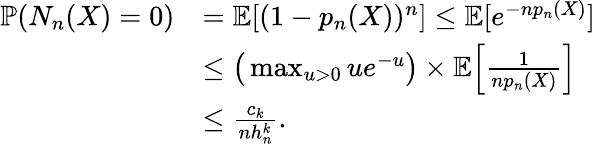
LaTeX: \begin{array}{rl}{\mathbb{P}(N_{n}(X)=0)}&{=\mathbb{E}[(1-p_{n}(X))^{n}]\leq\mathbb{E}[e^{-np_{n}(X)}]}\\ &{\leq\big(\operatorname*{max}_{u>0}ue^{-u}\big)\times\mathbb{E}\Big[\frac{1}{np_{n}(X)}\Big]}\\ &{\leq\frac{c_{k}}{nh_{n}^{k}}.}\end{array}